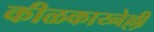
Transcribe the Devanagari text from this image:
कीळकाय्नेल्ली